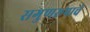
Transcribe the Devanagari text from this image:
सगुणरूपाचे